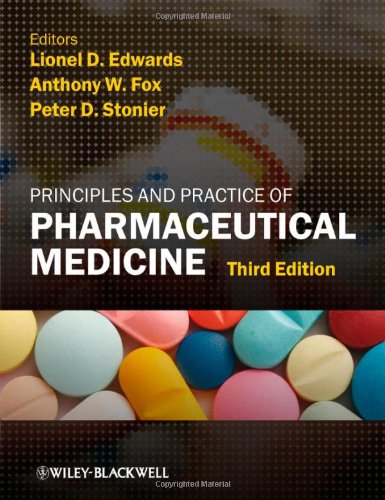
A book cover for Principles and Practice of Pharmaceutical Medicine; Medical Books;